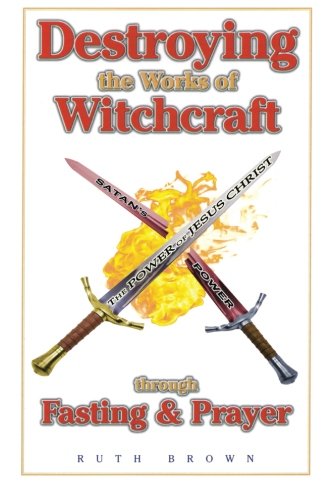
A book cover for Destroying the Works of Witchcraft Through Fasting & Prayer; Ruth Brown; Christian Books & Bibles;